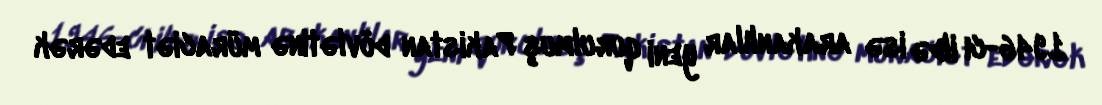
1946-cı ildə isə arakanlılar yeni qurulmuş Pakistan dövlətinə müraciət edərək